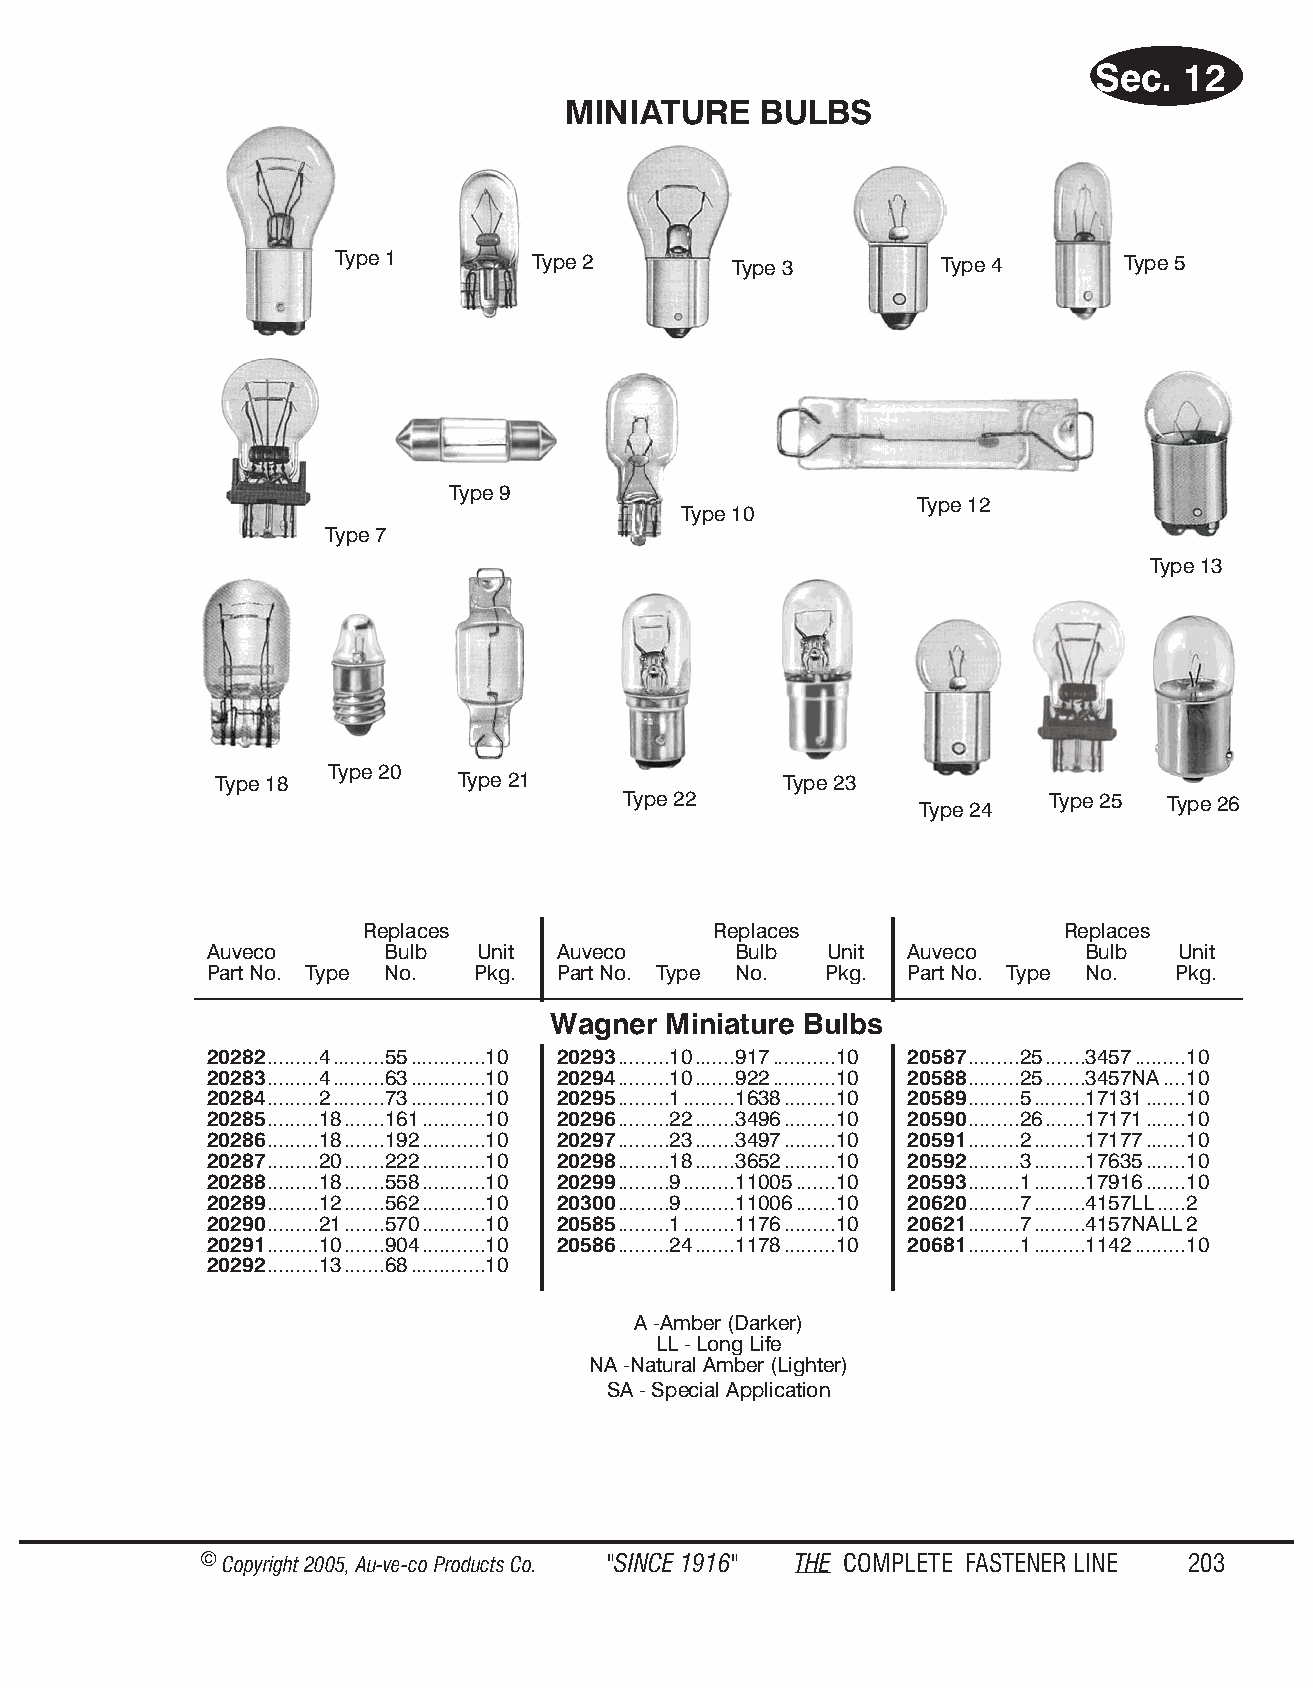
Sec.  12
 MINIA TURE   BULBS
 Type 1       Type 2        Type 3        Type 4      Type 5
 Type 9
 Type 12
 Type 10
 Type 7
 Type 13
 Type 20
 Type 18          Type 21              Type 23
 Type 22             Type 24  Type 25 Type 26
 Replaces               Replaces                Replaces
 Auveco      Bulb  Unit Auveco      Bulb  Unit Auveco      Bulb  Unit
 Part No. Type No. Pkg. Part No. Type No. Pkg. Part No. Type No. Pkg.
 Wagner Miniature Bulbs
 20282.........4.........55.............10 20293.........10.......917...........10 20587.........25.......3457.........10
 20283.........4.........63.............10 20294.........10.......922...........10 20588.........25.......3457NA....10
 20284.........2.........73.............10 20295.........1.........1638.........10 20589.........5.........17131.......10
 20285.........18.......161...........10 20296.........22.......3496.........10 20590.........26.......17171.......10
 20286.........18.......192...........10 20297.........23.......3497.........10 20591.........2.........17177.......10
 20287.........20.......222...........10 20298.........18.......3652.........10 20592.........3.........17635.......10
 20288.........18.......558...........10 20299.........9.........11005.......10 20593.........1.........17916.......10
 20289.........12.......562...........10 20300.........9.........11006.......10 20620.........7.........4157LL.....2
 20290.........21.......570...........10 20585.........1.........1176.........10 20621.........7.........4157NALL2
 20291.........10.......904...........10 20586.........24.......1178.........10 20681.........1.........1142.........10
 20292.........13.......68.............10
 A -Amber (Darker)
 LL - Long Life
 NA -Natural Amber (Lighter)
 SA - Special Application
 © Copyr ight 2005, Au-ve-co Produ cts Co. "SINCE 1916" THE COM PLETE FAST ENER LINE 203